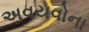
અવયવોના